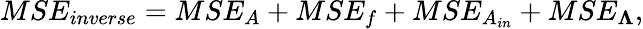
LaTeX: MSE_{inverse}=MSE_{A}+MSE_{f}+MSE_{A_{in}}+MSE_{\boldsymbol{\Lambda}},